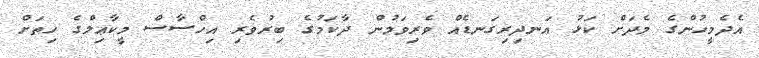
އެދެމީހުންގެ މެދަށް ކަޅު އަނދިރިގަނޑެއް ވެރިވަމުން ދާކަމުގެ ބިރުވެރި އިހްސާސް މީކާޢިލްގެ ހިތަށް